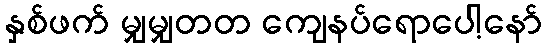
နှစ်ဖက် မျှမျှတတ ကျေနပ်ရောပေါ့နော်